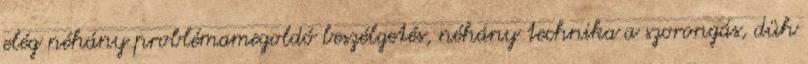
elég néhány problémamegoldó beszélgetés, néhány technika a szorongás, düh